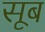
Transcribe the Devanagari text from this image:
सूब